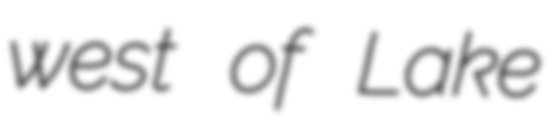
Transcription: west of Lake